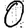
Digit: 0